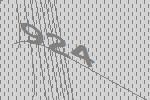
924